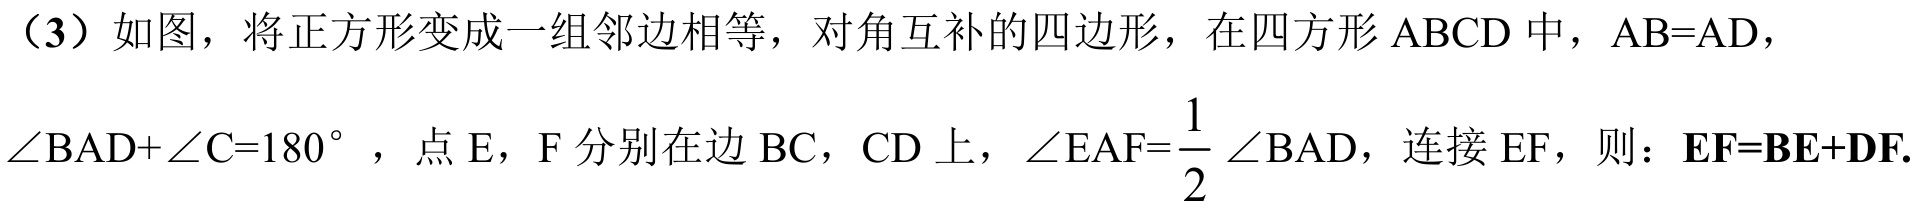
（3）如图，将正方形变成一组邻边相等，对角互补的四边形，在四边形\(ABCD\)中，\(AB = AD\)，\(\angle BAD+\angle C = 180^{\circ}\)，点\(E\)，\(F\)分别在边\(BC\)，\(CD\)上，\(\angle EAF=\frac{1}{2}\angle BAD\)，连接\(EF\)，则：\(EF = BE + DF\).